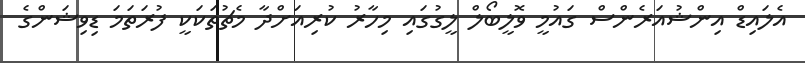
އެލައިޑް އިންޝުއަރެންސް ގައުމީ ވޮލީބޯލް ލީގުގައި މިހާރު ކުރިއަށްދާ މެޗުތަކަކީ ފުރަތަމަ ޑިވިޝަންގެ